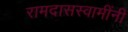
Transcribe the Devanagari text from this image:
रामदासस्वामींनीं